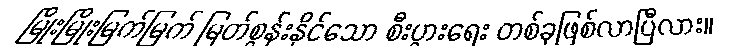
မြိုးမြိုးမြက်မြက် မြတ်စွန်းနိုင်သော စီးပွားရေး တစ်ခုဖြစ်လာပြီလား။